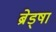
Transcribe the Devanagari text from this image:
ब्रेड्षा